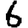
Digit: 6